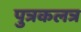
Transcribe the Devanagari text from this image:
पुत्रकलत्र